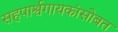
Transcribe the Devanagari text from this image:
सहपार्श्वगायकांसोबत